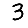
Digit: 3